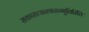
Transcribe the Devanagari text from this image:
सकारात्सत्त्वसम्भूतिरिति